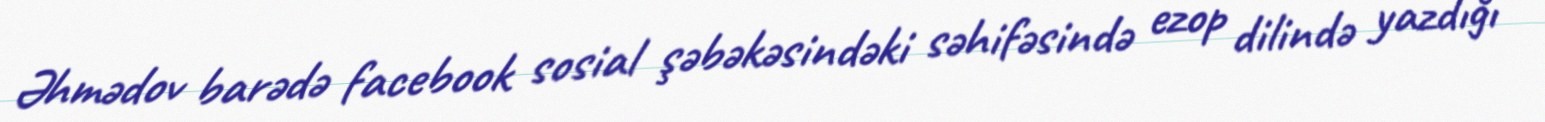
Əhmədov barədə facebook sosial şəbəkəsindəki səhifəsində ezop dilində yazdığı